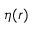
\eta ( \boldsymbol { r } )